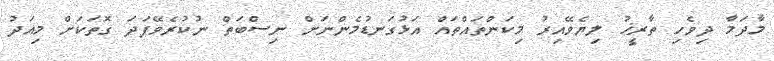
މާދަމާ ދިވެހި ތާރީޚު ލިޔެވޭއިރު މިކަންތައްތައް އަޅުގަނޑުމެންނަށް ނިސްބަތް ނުކުރެވޭފަދަ ގޮތަކަށް މިއަދު